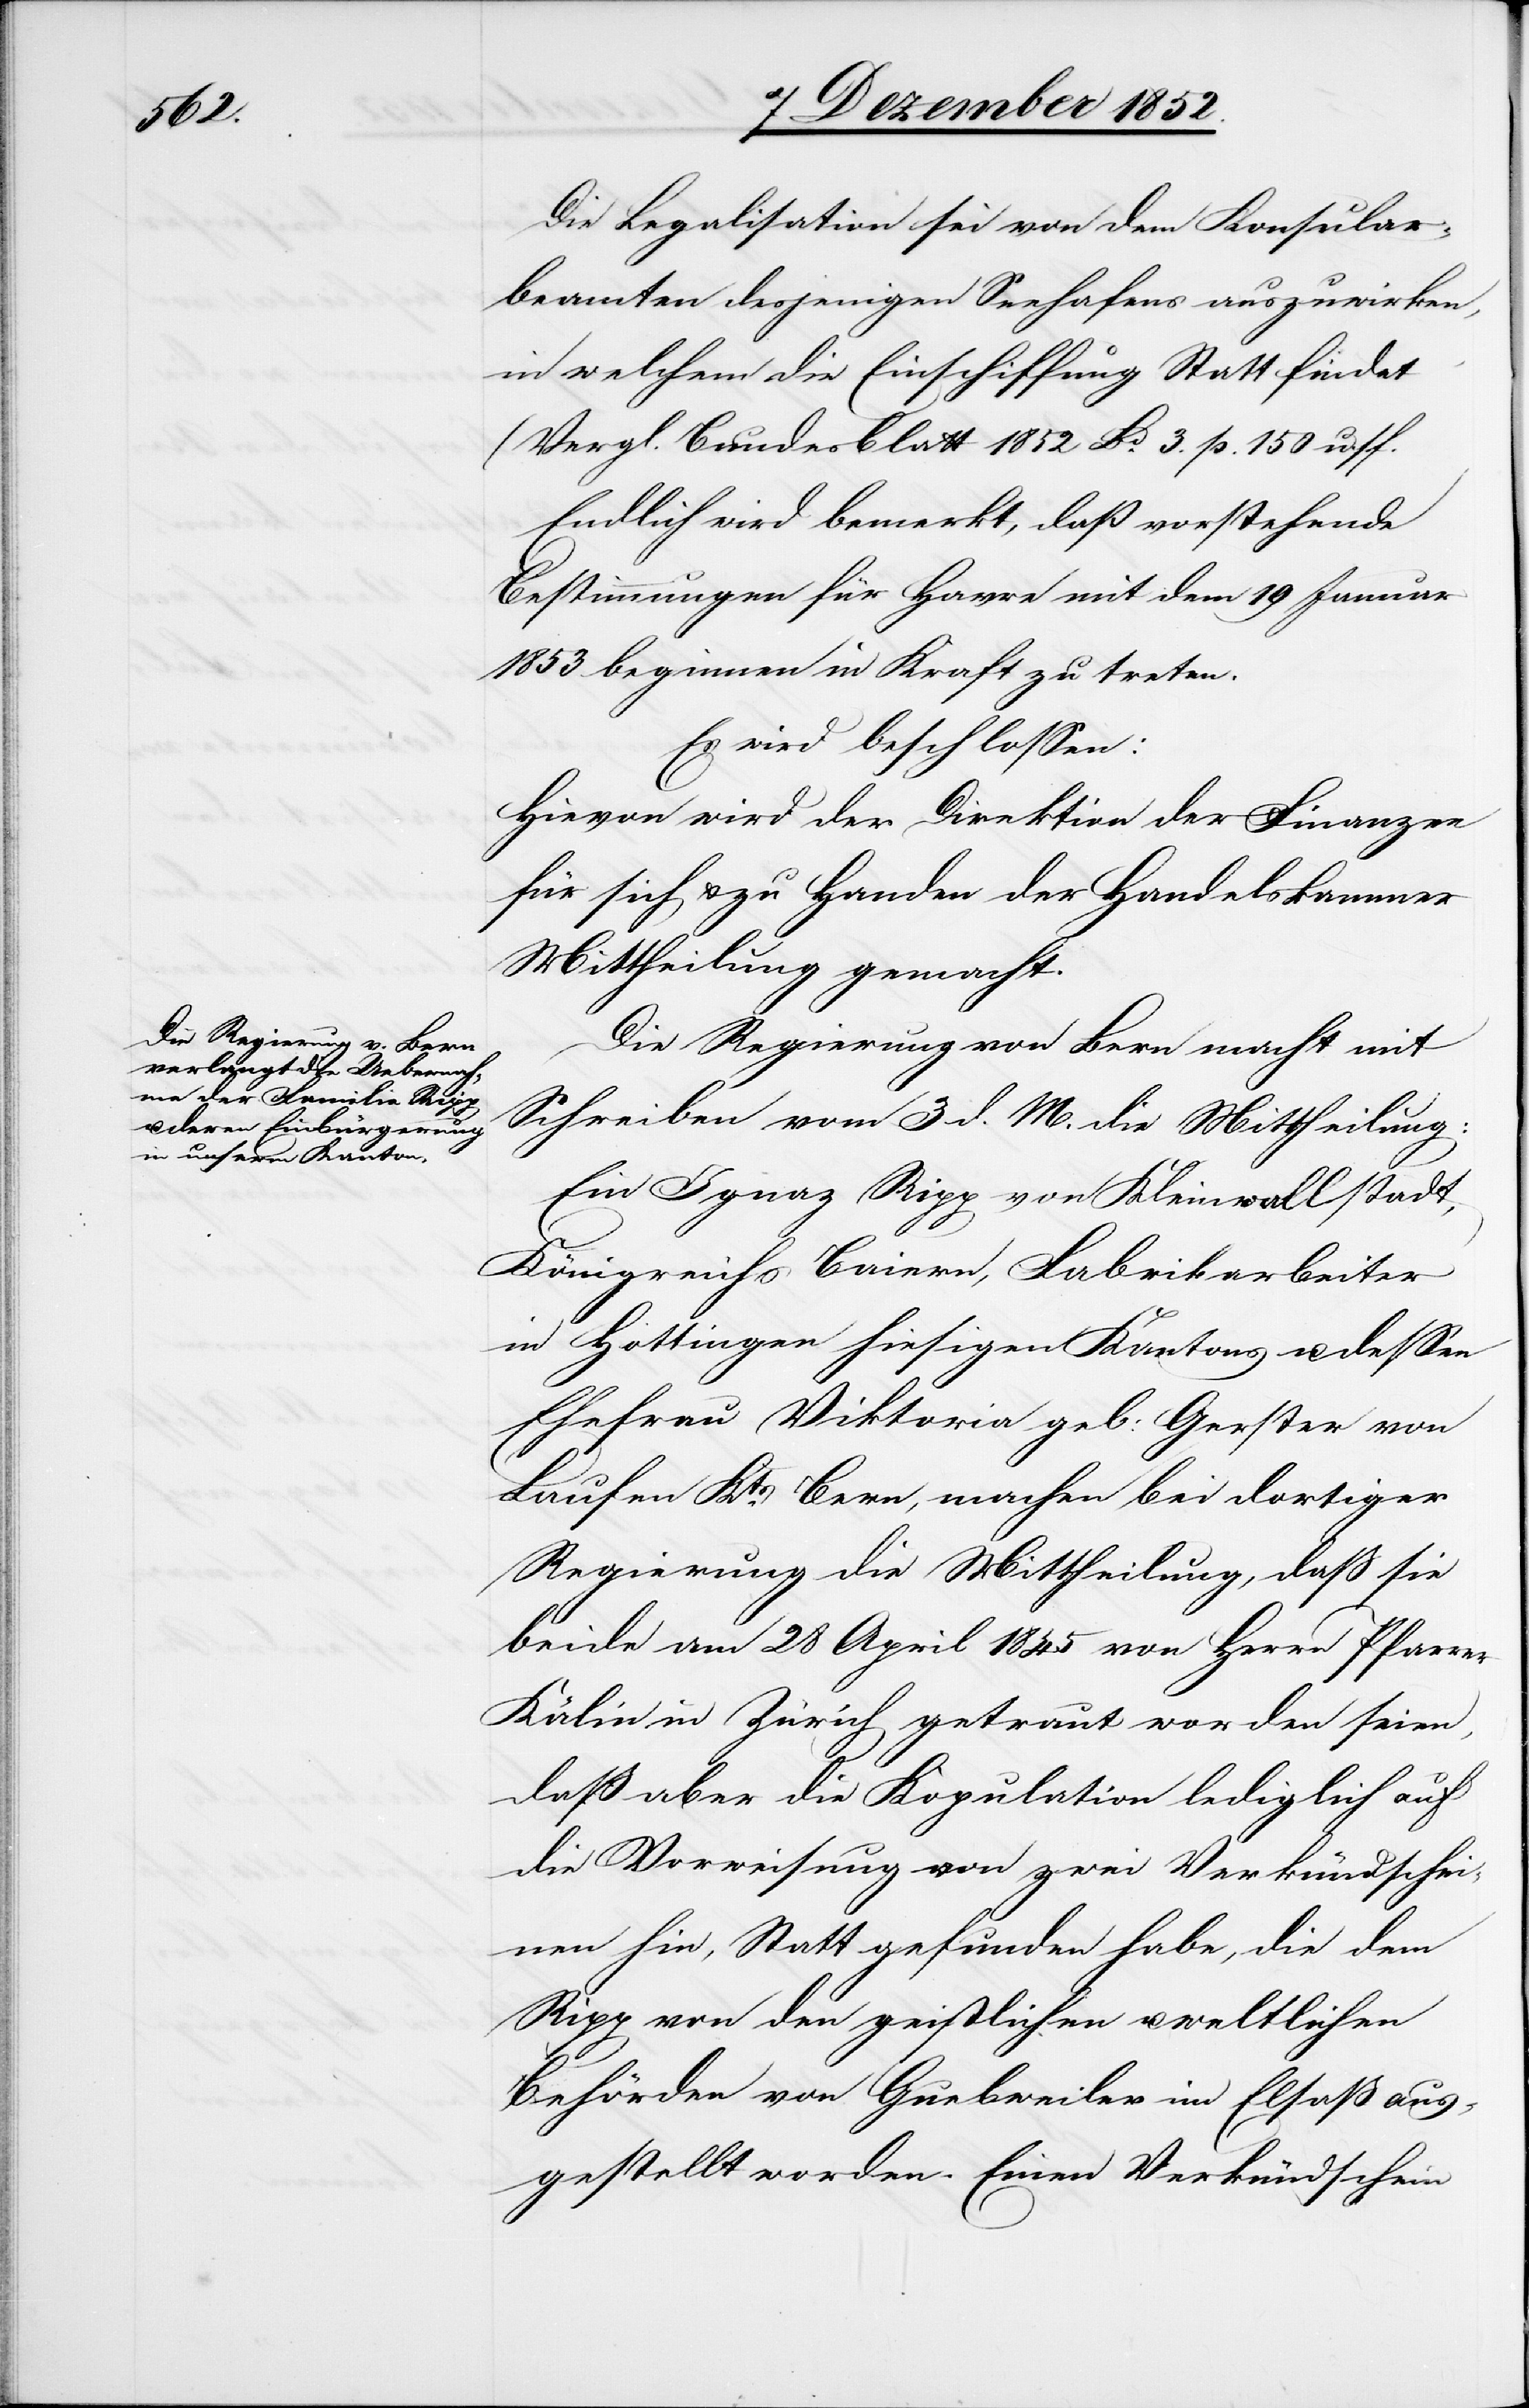
Die Legalisation sei von dem Konsular¬
beamten desjenigen Seehafens auszuwirken,
in welchem die Einschiffung Statt findet
(Vergl. Bundesblatt 1852 Bd. 3. p. 150 u. s.
Endlich wird bemerkt, daß vorstehende
Bestimmungen für Havre mit dem 19 Januar
1853 beginnen in Kraft zu treten.
Es wird beschlossen:
Hievon wird der Direktion der Finanzen
für sich & zu Handen der Handelskammer
Mittheilung gemacht.
Die Regierung von Bern macht mit
Schreiben vom 3 d. M. die Mittheilung:
Ein Ignaz Ripp von Kleinwallstadt,
Königreichs Baiern, Fabrikarbeiter
in Hottingen hiesigen Kantons u. dessen
Ehefrau Viktoria geb: Gerster von
Laufen Kts. Bern, machen bei dortiger
Regierung die Mittheilung, daß sie
beide am 28 April 1845 von Herrn Pfarrer
Kälin in Zürich getraut worden seien,
daß aber die Kopulation lediglich auf
die Vorweisung von zwei Verkündschei¬
nen hin, Statt gefunden habe, die dem
Ripp von den geistlichen u. weltlichen
Behörden von Guebweiler im Elsaß aus¬
gestellt worden. Einen Verkündschein